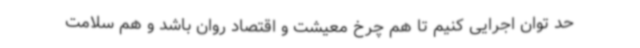
حد توان اجرایی کنیم تا هم چرخ معیشت و اقتصاد روان باشد و هم سلامت